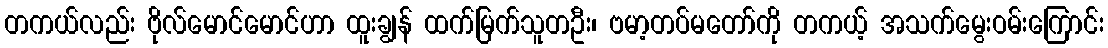
တကယ်လည်း ဗိုလ်မောင်မောင်ဟာ ထူးချွန် ထက်မြက်သူတဦး၊ ဗမာ့တပ်မတော်ကို တကယ့် အသက်မွေးဝမ်းကြောင်း